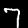
Label: 7